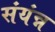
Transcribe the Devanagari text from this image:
संयंन्न